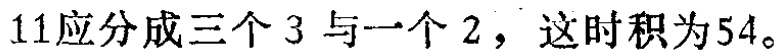
11应分成三个3与一个2，这时积为54。